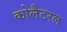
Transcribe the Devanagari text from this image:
कोलैटरल